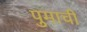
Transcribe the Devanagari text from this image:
पुमाची